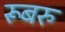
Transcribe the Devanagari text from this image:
रूबरु